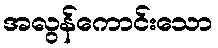
အလွန်ကောင်းသော